Lunatic asylums Madras 1877-1891 - 1877-1891
Year: 1877
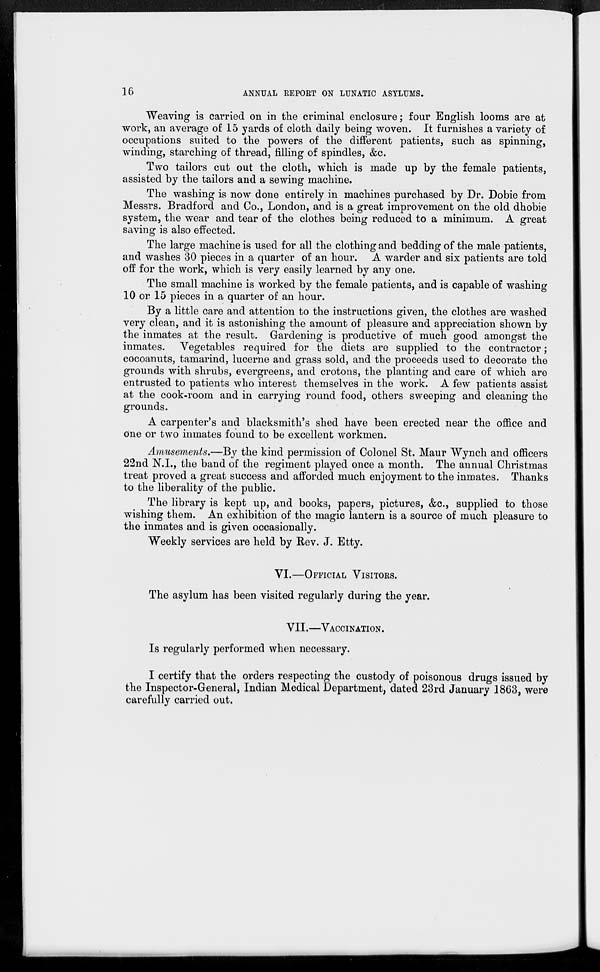
16
ANNUAL REPORT ON LUNATIC ASYLUMS.
Weaving is carried on in the criminal enclosure; four English looms are at
work, an average of 15 yards of cloth daily being woven. It furnishes a variety of
occupations suited to the powers of the different patients, such as spinning,
winding, starching of thread, filling of spindles, &c.
Two tailors cut out the cloth, which is made up by the female patients,
assisted by the tailors and a sewing machine.
The washing is now done entirely in machines purchased by Dr. Dobie from
Messrs. Bradford and Co., London, and is a great improvement on the old dhobie
system, the wear and tear of the clothes being reduced to a minimum. A great
saving is also effected.
The large machine is used for all the clothing and bedding of the male patients,
and washes 30 pieces in a quarter of an hour. A warder and six patients are told
off for the work, which is very easily learned by any one.
The small machine is worked by the female patients, and is capable of washing
10 or 15 pieces in a quarter of an hour.
By a little care and attention to the instructions given, the clothes are washed
very clean, and it is astonishing the amount of pleasure and appreciation shown by
the inmates at the result. Gardening is productive of much good amongst the
inmates. Vegetables required for the diets are supplied to the contractor;
cocoanuts, tamarind, lucerne and grass sold, and the proceeds used to decorate the
grounds with shrubs, evergreens, and crotons, the planting and care of which are
entrusted to patients who interest themselves in the work. A few patients assist
at the cook-room and in carrying round food, others sweeping and cleaning the
grounds.
A carpenter's and blacksmith's shed have been erected near the office and
one or two inmates found to be excellent workmen.
Amusements.—By the kind permission of Colonel St. Maur Wynch and officers
22nd N.I., the band of the regiment played once a month. The annual Christmas
treat proved a great success and afforded much enjoyment to the inmates. Thanks
to the liberality of the public.
The library is kept up, and books, papers, pictures, &c., supplied to those
wishing them. An exhibition of the magic lantern is a source of much pleasure to
the inmates and is given occasionally.
Weekly services are held by Rev. J. Etty.
VI.—OFFICIAL VISITORS.
The asylum has been visited regularly during the year.
VII.—VACCINATION.
Is regularly performed when necessary.
I certify that the orders respecting the custody of poisonous drugs issued by
the Inspector-General, Indian Medical Department, dated 23rd January 1863, were
carefully carried out.